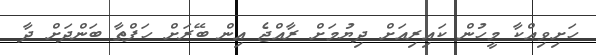
ހަށިވިއްކާ މީހުން ކައިރިއަށް ދިޔުމަށް ރާއްޖެ އިން ބޭރަށް ހަފްތާ ބަންދަށް ދާ